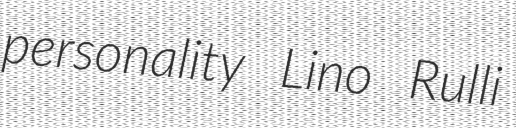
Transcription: personality Lino Rulli